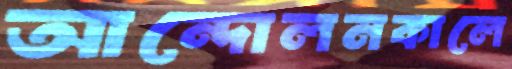
আন্দোলনকালে